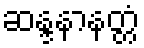
ဆန္ဒနာနတ္တံ